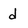
Character: d